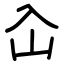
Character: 屳